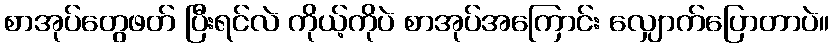
စာအုပ်တွေဖတ် ပြီးရင်လဲ ကိုယ့်ကိုပဲ စာအုပ်အကြောင်း လျှောက်ပြောတာပဲ။